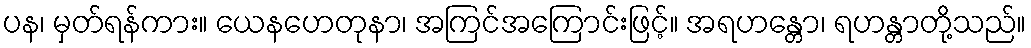
ပန၊ မှတ်ရန်ကား။ ယေနဟေတုနာ၊ အကြင်အကြောင်းဖြင့်။ အရဟန္တော၊ ရဟန္တာတို့သည်။